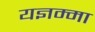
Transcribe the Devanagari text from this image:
यज्ञम्मा